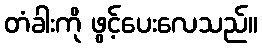
တံခါးကို ဖွင့်ပေးလေသည်။